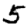
Digit: 5